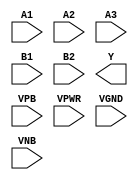
module sky130_fd_sc_hdll__o32ai (
    //# {{data|Data Signals}}
    input  A1  ,
    input  A2  ,
    input  A3  ,
    input  B1  ,
    input  B2  ,
    output Y   ,

    //# {{power|Power}}
    input  VPB ,
    input  VPWR,
    input  VGND,
    input  VNB
);
endmodule